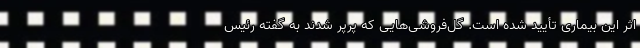
اثر این بیماری تأیید شده است. گل‌فروشی‌هایی که پرپر شدند به گفته رئیس